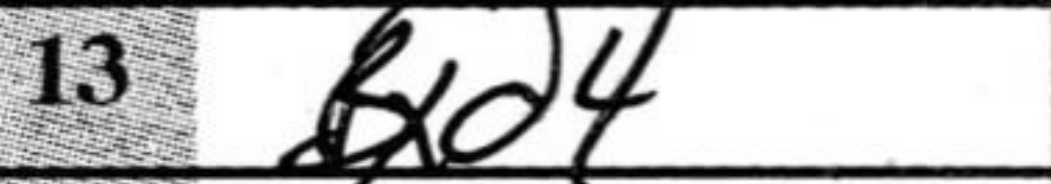
Transcription: Bxd4